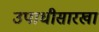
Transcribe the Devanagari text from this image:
उपाधीसारखा